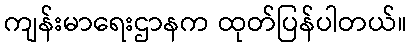
ကျန်းမာရေးဌာနက ထုတ်ပြန်ပါတယ်။